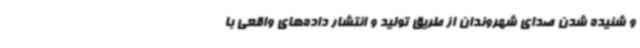
و شنیده شدن صدای شهروندان از طریق تولید و انتشار داده‌های واقعی با